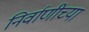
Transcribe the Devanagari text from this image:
निर्वाणीच्या